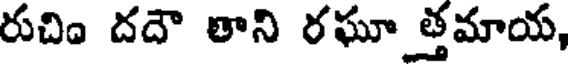
రుచిం దదౌ తాని రఘూ త్తమాయ,